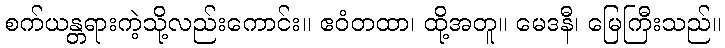
စက်ယန္တရားကဲ့သို့လည်းကောင်း။ ဧဝံတထာ၊ ထို့အတူ။ မေဒနီ၊ မြေကြီးသည်။